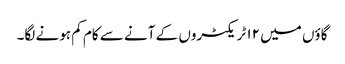
گاؤں میں ۱۲ ٹریکٹروں کے آنے سے کام کم ہونے لگا۔